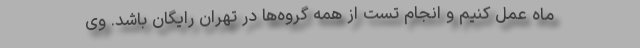
ماه عمل کنیم و انجام تست از همه‌ گروه‌ها در تهران رایگان باشد. وی